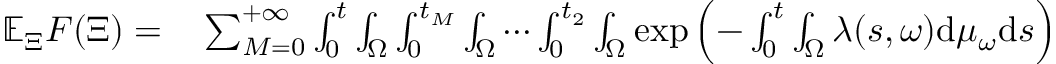
\begin{array} { r l } { \mathbb { E } _ { \Xi } F ( \Xi ) = } & { { } \sum _ { M = 0 } ^ { + \infty } \int _ { 0 } ^ { t } \int _ { \Omega } \int _ { 0 } ^ { t _ { M } } \int _ { \Omega } \cdots \int _ { 0 } ^ { t _ { 2 } } \int _ { \Omega } \exp \left( - \int _ { 0 } ^ { t } \int _ { \Omega } \lambda ( s , \omega ) \mathrm { d } \mu _ { \omega } \mathrm { d } s \right) } \end{array}